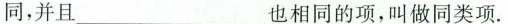
同，并且\underline也相同的项，叫做同类项。